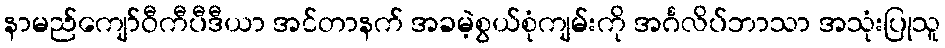
နာမည်ကျော်ဝီကီပီဒီယာ အင်တာနက် အခမဲ့စွယ်စုံကျမ်းကို အင်္ဂလိပ်ဘာသာ အသုံးပြုသူ